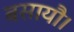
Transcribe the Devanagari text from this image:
बसायौ।